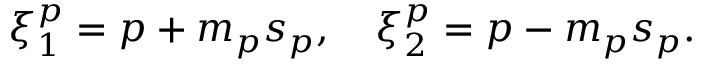
\xi _ { 1 } ^ { p } = p + m _ { p } s _ { p } , ~ ~ ~ \xi _ { 2 } ^ { p } = p - m _ { p } s _ { p } .